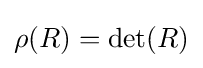
\rho (R)=\det(R)